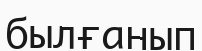
былғанып